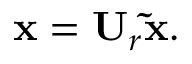
\mathbf { x } = \mathbf { U } _ { r } \mathbf { \tilde { x } } .